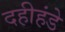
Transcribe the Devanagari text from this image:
दहीहंडे